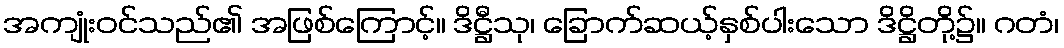
အကျုံးဝင်သည်၏ အဖြစ်ကြောင့်။ ဒိဋ္ဌီသု၊ ခြောက်ဆယ့်နှစ်ပါးသော ဒိဋ္ဌိတို့၌။ ဂတံ၊